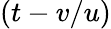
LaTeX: (t-v/u)